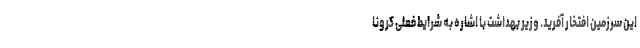
این سرزمین افتخار آفرید. وزیر بهداشت با اشاره به شرایط فعلی کرونا